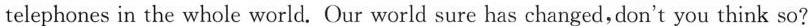
telephones in the whole world. Our world sure has changed,don't you think so?